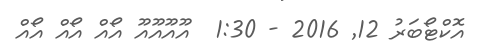
އޮކްޓޯބަރު 12